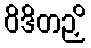
ဝိဒိတဉှိ